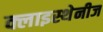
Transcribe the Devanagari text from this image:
क्लाइस्थेनीज